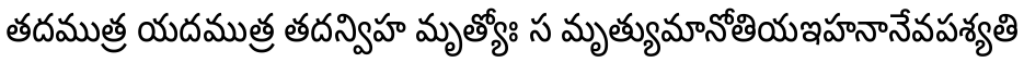
తదముత్ర యదముత్ర తదన్విహ మృత్యోః స మృత్యుమానోతియఇహనానేవపశ్యతి